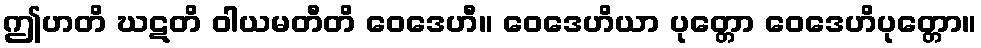
ဤဟတိ ဃဋတိ ဝါယမတီတိ ဝေဒေဟီ။ ဝေဒေဟိယာ ပုတ္တော ဝေဒေဟိပုတ္တော။